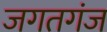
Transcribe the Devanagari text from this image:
जगतगंज